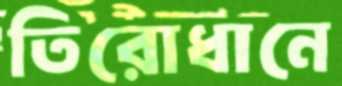
তিরোধানে